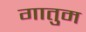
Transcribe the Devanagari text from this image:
गातुम